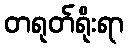
တရုတ်ရိုးရာ